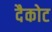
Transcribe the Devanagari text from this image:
दैकोट